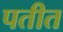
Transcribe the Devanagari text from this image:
पतीत